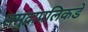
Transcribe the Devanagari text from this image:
समुद्रापलिकडे